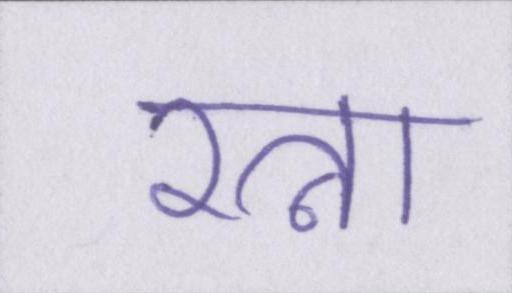
रत्ना